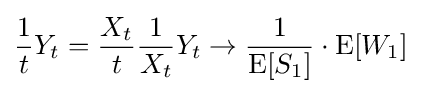
{\frac {1}{t}}Y_{t}={\frac {X_{t}}{t}}{\frac {1}{X_{t}}}Y_{t}\to {\frac {1}{\operatorname {E} [S_{1}]}}\cdot \operatorname {E} [W_{1}]